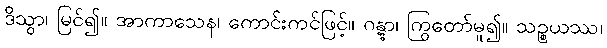
ဒိသွာ၊ မြင်၍။ အာကာသေန၊ ကောင်းကင်ဖြင့်။ ဂန္တွာ၊ ကြွတော်မူ၍။ သဉ္စယဿ၊